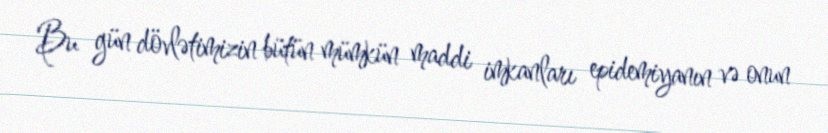
Bu gün dövlətimizin bütün mümkün maddi imkanları epidemiyanın və onun